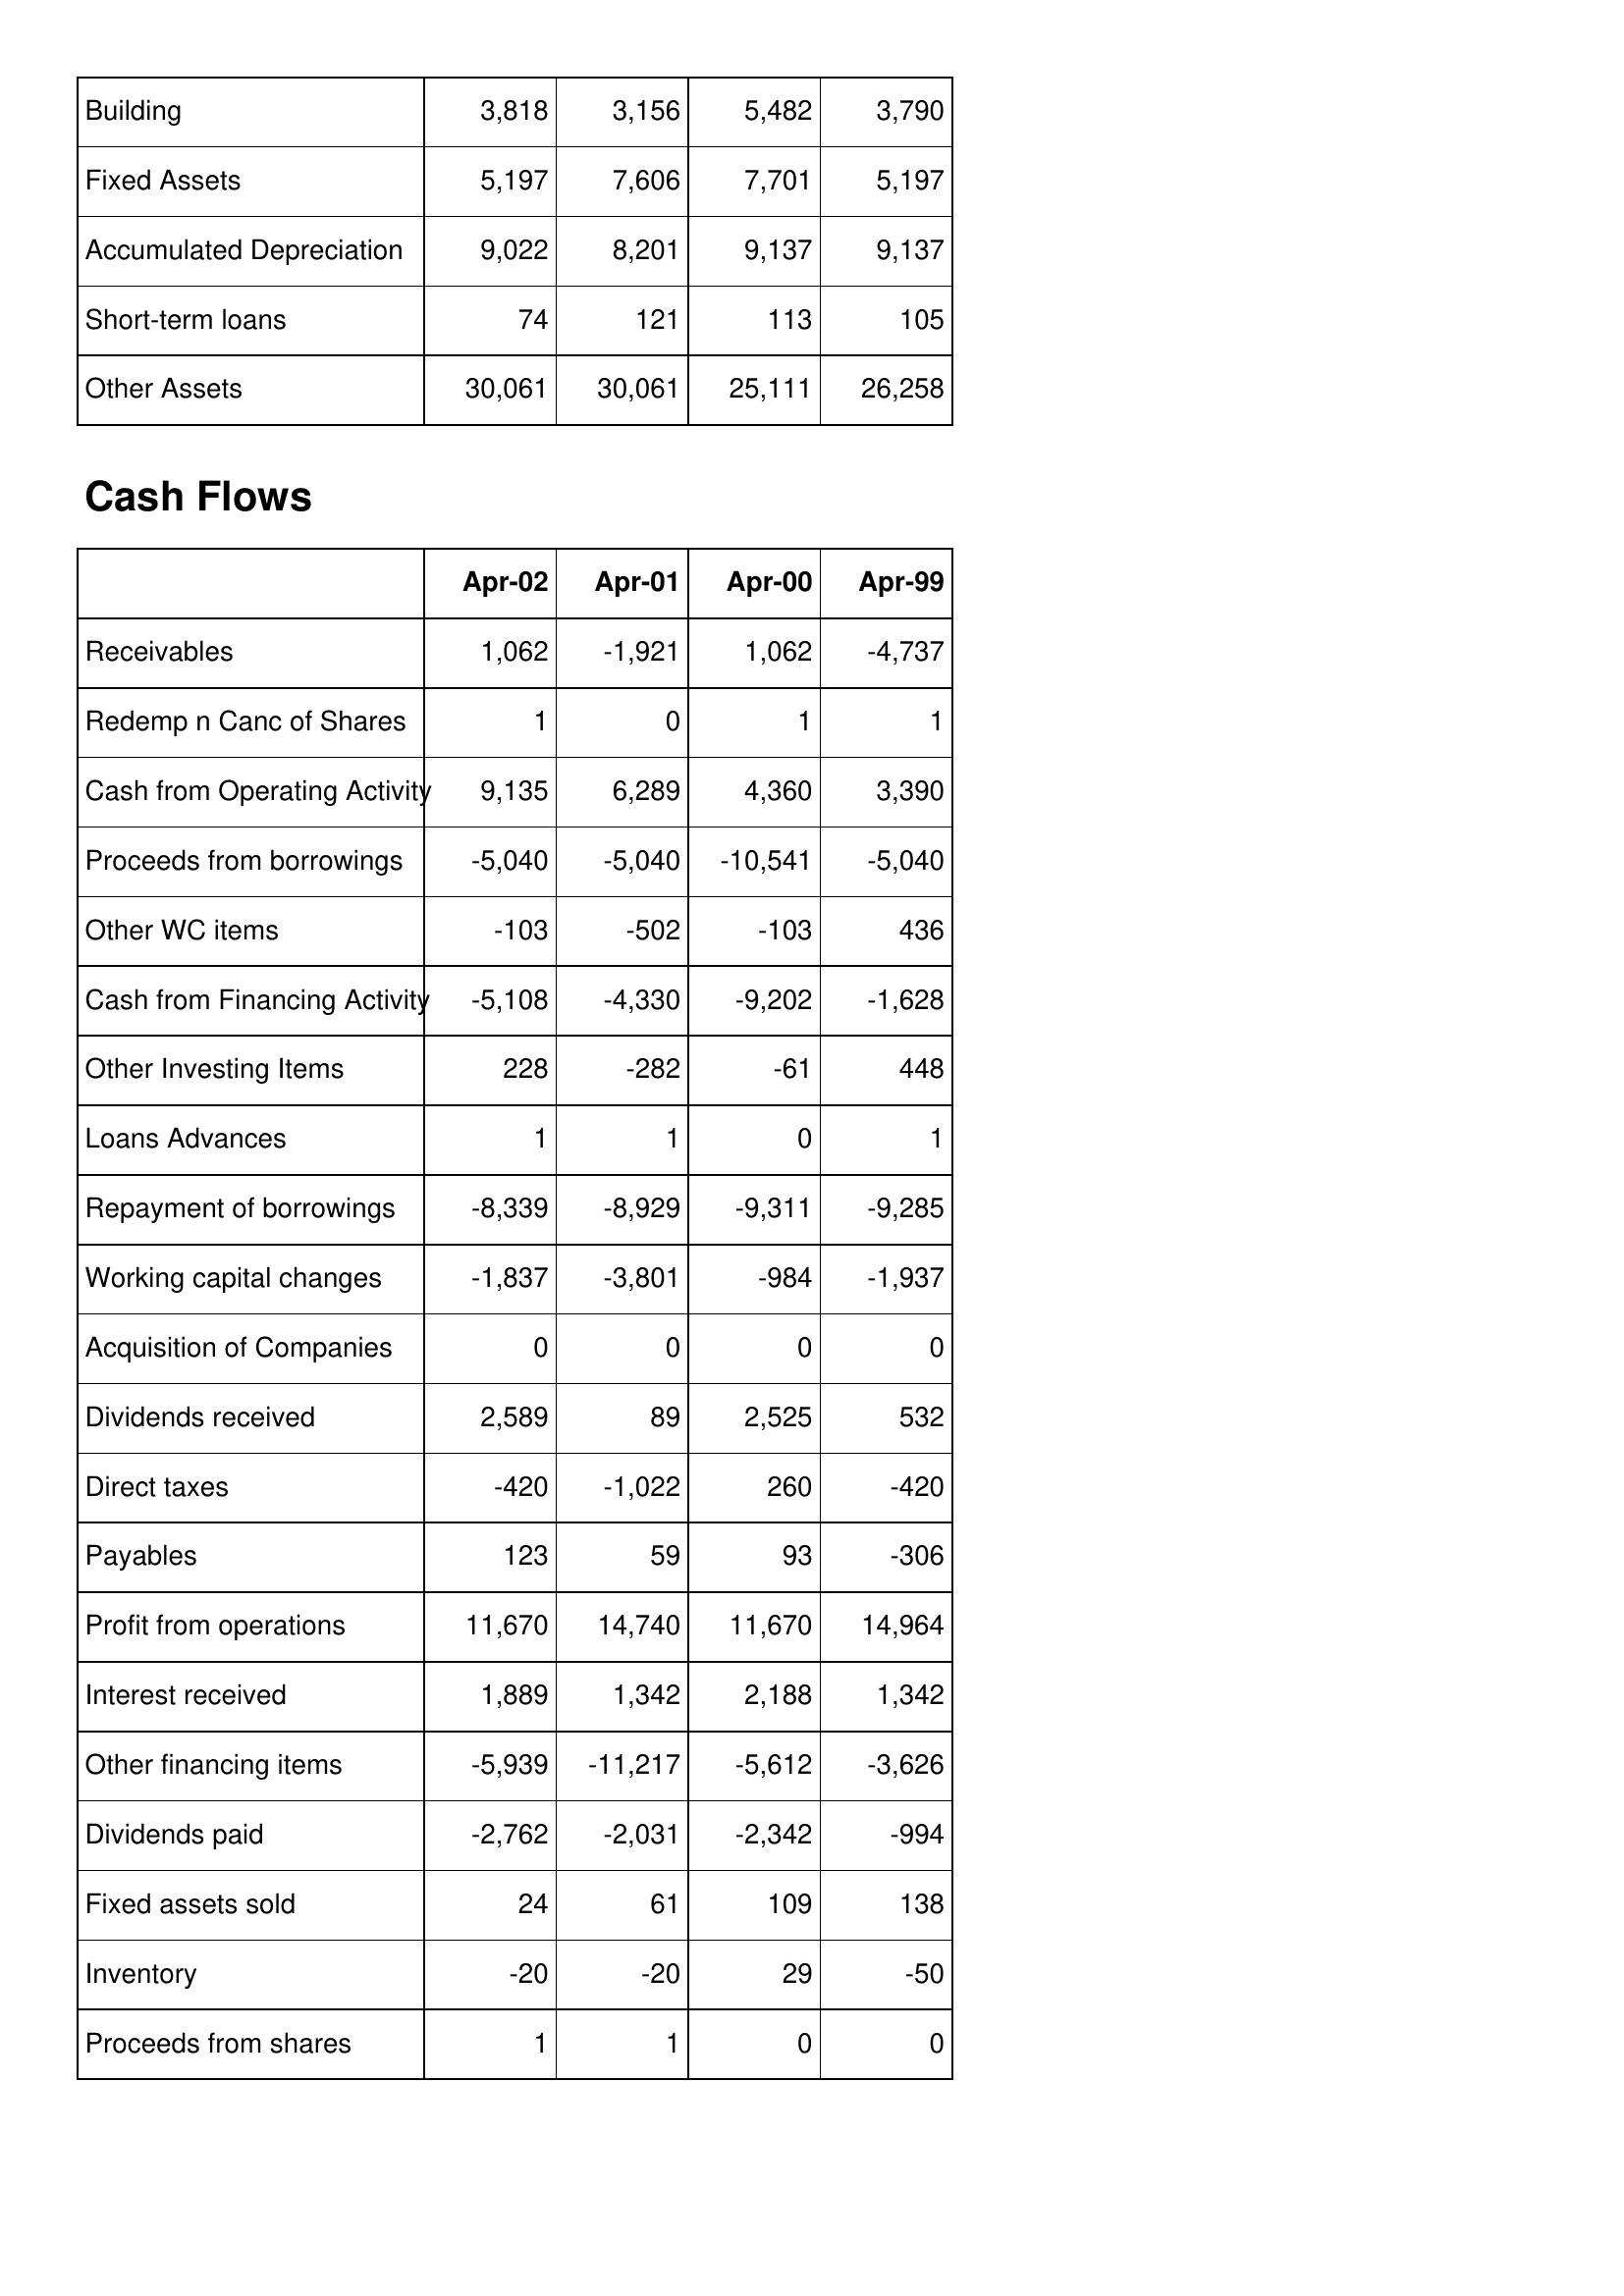
Apr-02: Balance Sheet: Building: 3,818
Fixed Assets: 5,197
Accumulated Depreciation: 9,022
Short-term loans: 74
Other Assets: 30,061
Cash Flows: Receivables: 1,062
Redemp n Canc of Shares: 1
Cash from Operating Activity: 9,135
Proceeds from borrowings: -5,040
Other WC items: -103
Cash from Financing Activity: -5,108
Other Investing Items: 228
Loans Advances: 1
Repayment of borrowings: -8,339
Working capital changes: -1,837
Acquisition of Companies: 0
Dividends received: 2,589
Direct taxes: -420
Payables: 123
Profit from operations: 11,670
Interest received: 1,889
Other financing items: -5,939
Dividends paid: -2,762
Fixed assets sold: 24
Inventory: -20
Proceeds from shares: 1
Apr-01: Balance Sheet: Building: 3,156
Fixed Assets: 7,606
Accumulated Depreciation: 8,201
Short-term loans: 121
Other Assets: 30,061
Cash Flows: Receivables: -1,921
Redemp n Canc of Shares: 0
Cash from Operating Activity: 6,289
Proceeds from borrowings: -5,040
Other WC items: -502
Cash from Financing Activity: -4,330
Other Investing Items: -282
Loans Advances: 1
Repayment of borrowings: -8,929
Working capital changes: -3,801
Acquisition of Companies: 0
Dividends received: 89
Direct taxes: -1,022
Payables: 59
Profit from operations: 14,740
Interest received: 1,342
Other financing items: -11,217
Dividends paid: -2,031
Fixed assets sold: 61
Inventory: -20
Proceeds from shares: 1
Apr-00: Balance Sheet: Building: 5,482
Fixed Assets: 7,701
Accumulated Depreciation: 9,137
Short-term loans: 113
Other Assets: 25,111
Cash Flows: Receivables: 1,062
Redemp n Canc of Shares: 1
Cash from Operating Activity: 4,360
Proceeds from borrowings: -10,541
Other WC items: -103
Cash from Financing Activity: -9,202
Other Investing Items: -61
Loans Advances: 0
Repayment of borrowings: -9,311
Working capital changes: -984
Acquisition of Companies: 0
Dividends received: 2,525
Direct taxes: 260
Payables: 93
Profit from operations: 11,670
Interest received: 2,188
Other financing items: -5,612
Dividends paid: -2,342
Fixed assets sold: 109
Inventory: 29
Proceeds from shares: 0
Apr-99: Balance Sheet: Building: 3,790
Fixed Assets: 5,197
Accumulated Depreciation: 9,137
Short-term loans: 105
Other Assets: 26,258
Cash Flows: Receivables: -4,737
Redemp n Canc of Shares: 1
Cash from Operating Activity: 3,390
Proceeds from borrowings: -5,040
Other WC items: 436
Cash from Financing Activity: -1,628
Other Investing Items: 448
Loans Advances: 1
Repayment of borrowings: -9,285
Working capital changes: -1,937
Acquisition of Companies: 0
Dividends received: 532
Direct taxes: -420
Payables: -306
Profit from operations: 14,964
Interest received: 1,342
Other financing items: -3,626
Dividends paid: -994
Fixed assets sold: 138
Inventory: -50
Proceeds from shares: 0